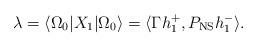
LaTeX: \begin{align*}\lambda = \langle \Omega_0 | X_1 | \Omega_0\rangle = \langle \Gamma h_1^+, P_{\rm NS}h_1^- \rangle .\end{align*}